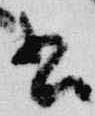
書